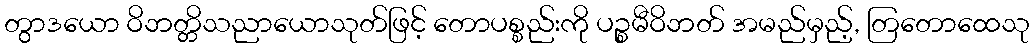
တွာဒယော ဝိဘတ္တိသညာယောသုတ်ဖြင့် တောပစ္စည်းကို ပဉ္စမီဝိဘတ် အမည်မှည့်, တြတောထေသု